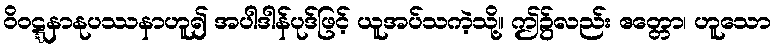
ဝိဝဋ္ဋနာနုပဿနာဟူ၍ အပါဒါန်ပုဒ်ဖြင့် ယူအပ်သကဲ့သို့။ ဤ၌လည်း ဧတ္တော၊ ဟူသော